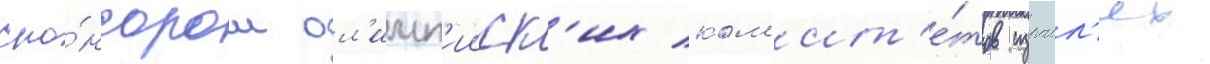
спо́нсором ол'имп'ииск'их ком'ит'е́тов израил'ях